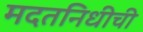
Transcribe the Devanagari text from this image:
मदतनिधीची